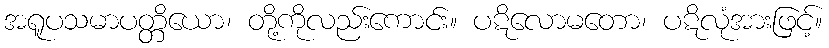
အရူပသမာပတ္တိယော၊ တို့ကိုလည်းကောင်း။ ပဋိလောမတော၊ ပဋိလုံအားဖြင့်။